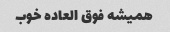
همیشه فوق العاده خوب